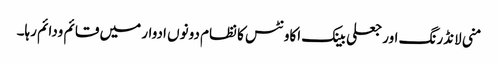
منی لانڈرنگ اور جعلی بینک اکاونٹس کا نظام دونوں ادوار میں قائم ودائم رہا۔